Materia medica of Madras volume I
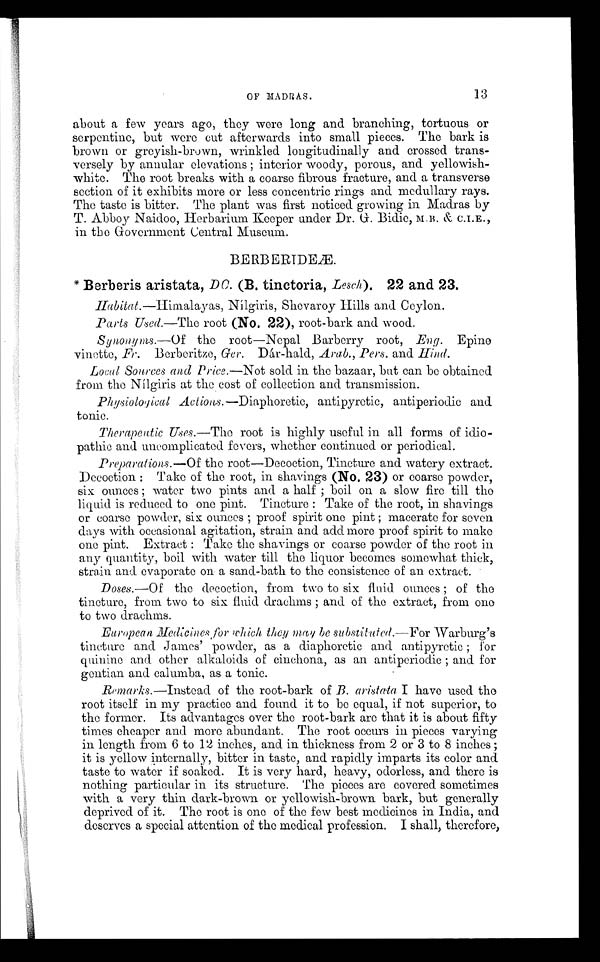
OF MADRAS.
13
about a few years ago, they were long and branching, tortuous or
serpentine, but were cut afterwards into small pieces. The bark is
brown or greyish-brown, wrinkled longitudinally and crossed trans-
versely by annular elevations ; interior woody, porous, and yellowish-
white. The root breaks with a coarse fibrous fracture, and a transverse
section of it exhibits more or less concentric rings and medullary rays.
The taste is bitter. The plant was first noticed growing in Madras by
T. Abboy Naidoo, Herbarium Keeper under Dr. G. Bidie, M.B.& C.I.E.,
in the Government Central Museum.
BERB
ERIDEÆ.
Berberis aristata, DC. (B. tinctoria, Lesch). 22 and 23.
Habitat.—Himalayas, Nílgiris, Shevaroy Hills and Ceylon.
Parts Used.—The root (No. 22), root-bark and wood.
Synonyms.—Of the root—Nepal Barberry root, Eng. Epine
vinette, Fr. Berberitze, Ger. Dár-hald, Arab., Pers. and Hind.
Local So urces and Price.—Not sold in the bazaar, but can be obtained
from the Nílgiris at the cost of collection and transmission.
Physiological Actions.—Diaphoretic, antipyretic, antiperiodic and
tonic.
Therapeutic Uses.—The root is highly useful in all forms of idio-
pathic and uncomplicated fevers, whether continued or periodical.
Preparations.—Of the root—Decoction, Tincture and watery extract.
Decoction : Take of the root, in shavings (No. 23) or coarse powder,
six ounces ; water two pints and a half ; boil on a slow fire till the
liquid is reduced to one pint. Tincture : Take of the root, in shavings
or coarse powder, six ounces ; proof spirit one pint ; macerate for seven
days with occasional agitation, strain and add more proof spirit to make
one pint. Extract : Take the shavings or coarse powder of the root in
any quantity, boil with water till the liquor becomes somewhat thick,
strain and evaporate on a sand-bath to the consistence of an extract.
Doses.—Of the decoction, from two to six fluid ounces ; of the
tincture, from two to six fluid drachms ; and of the extract, from one
to two drachms.
European Medicines for which they may be substituted.—For Warburg's
tincture and James' powder, as a diaphoretic and antipyretic ; for
quinine and other alkaloids of cinchona, as an antiperiodic ; and for
gentian and calumba, as a tonic.
Remarks.—Instead of the root-bark of B. aristata I have used the
root itself in my practice and found it to be equal, if not superior, to
the former. Its advantages over the root-bark are that it is about fifty
times cheaper and more abundant. The root occurs in pieces varying
in length from 6 to 12 inches, and in thickness from 2 or 3 to 8 inches ;
it is yellow internally, bitter in taste, and rapidly imparts its color and
taste to water if soaked. It is very hard, heavy, odorless, and there is
nothing particular in its structure. The pieces are covered. sometimes
with a very thin dark-brown or yellowish-brown bark, but generally
deprived of it. The root is one of the few best medicines in India, and
deserves a special attention of the medical profession. I shall, therefore,